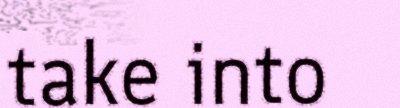
take into